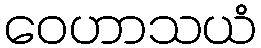
ဝေဟာသယံ